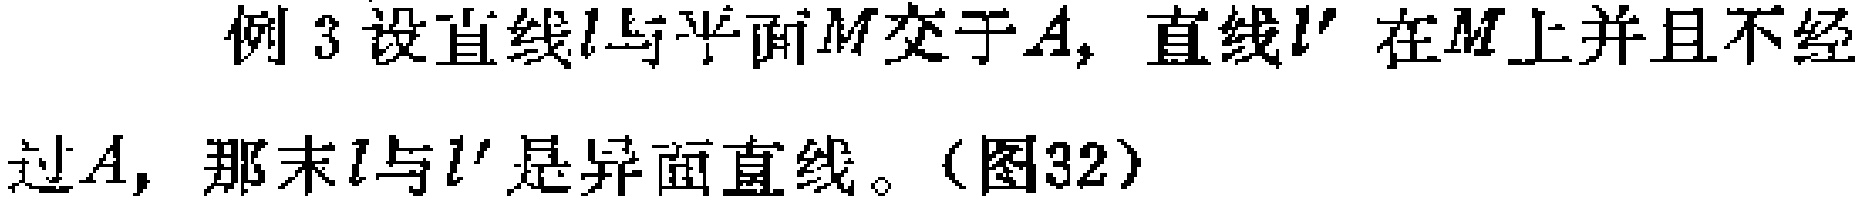
例3 设直线\(l\)与平面\(M\)交于\(A\)，直线\(l'\)在\(M\)上并且不经过\(A\)，那末\(l\)与\(l'\)是异面直线。（图32）